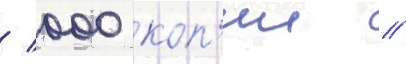
/ 000 коп'ии //